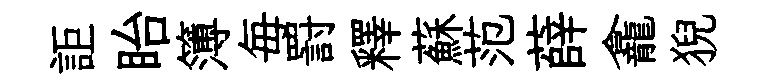
詎眙簿毎罸釋蘇范薛龕猊